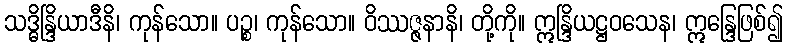
သဒ္ဓိန္ဒြိယာဒီနိ၊ ကုန်သော။ ပဉ္စ၊ ကုန်သော။ ဝိဿဇ္ဇနာနိ၊ တို့ကို။ ဣန္ဒြိယဋ္ဌဝသေန၊ ဣန္ဒြေဖြစ်၍